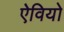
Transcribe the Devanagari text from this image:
ऐवियो